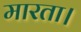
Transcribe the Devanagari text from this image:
मारता।